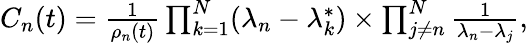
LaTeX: \begin{array}{r}{C_{n}(t)=\frac{1}{\rho_{n}(t)}\prod_{k=1}^{N}(\lambda_{n}-\lambda_{k}^{*})\times\prod_{j\ne n}^{N}\frac{1}{\lambda_{n}-\lambda_{j}},}\end{array}